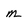
Character: m